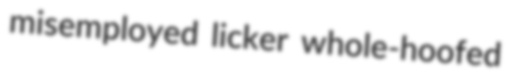
misemployed licker whole-hoofed